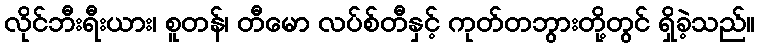
လိုင်ဘီးရီးယား၊ စူတန်၊ တီမော လပ်စ်တီနှင့် ကုတ်တဘွားတို့တွင် ရှိခဲ့သည်။